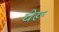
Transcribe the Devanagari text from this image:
घेरू